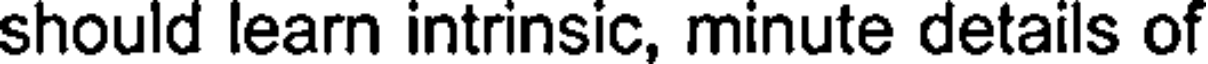
should learn intrinsic, minute details of